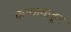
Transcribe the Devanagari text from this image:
काठाकडून